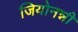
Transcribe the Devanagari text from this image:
जियोनन्नी